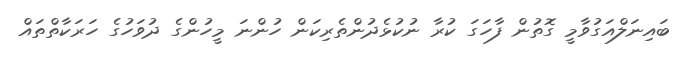
ބައިނަލްއަގުވާމީ ގޮތުން ފާހަގަ ކުރާ ނުކުޅެދުންތެރިކަން ހުންނަ މީހުންގެ ދުވަހުގެ ހަރަކާތްތައް